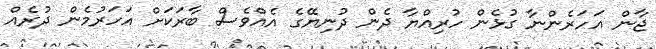
ޖާން އަހަރެންނާ ގުޅެން ހުރިއްޔާ ދެން ދުނިޔޭގެ އެއްވެސް ބާރަކަށް އަހަރުމެން ދުރެއް